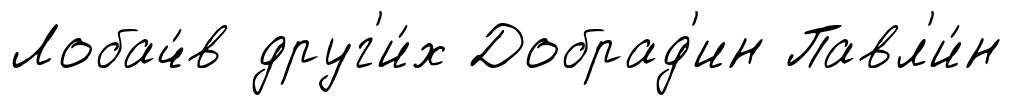
Лобач́в друг'и́х Добрад'ин Павл'и́н